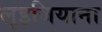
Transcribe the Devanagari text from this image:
लूइजियाना